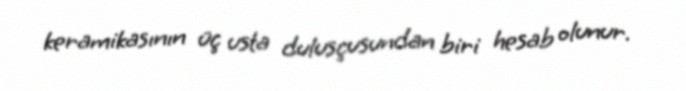
keramikasının üç usta dulusçusundan biri hesab olunur.